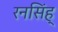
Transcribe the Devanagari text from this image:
रनसिंह्